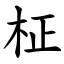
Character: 柾